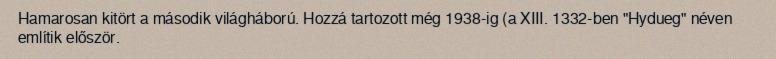
Hamarosan kitört a második világháború. Hozzá tartozott még 1938-ig (a XIII. 1332-ben "Hydueg" néven említik először.